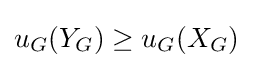
u_{G}(Y_{G})\geq u_{G}(X_{G})